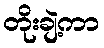
တိုးချဲ့ကာ